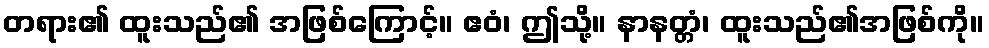
တရား၏ ထူးသည်၏ အဖြစ်ကြောင့်။ ဧဝံ၊ ဤသို့။ နာနတ္တံ၊ ထူးသည်၏အဖြစ်ကို။